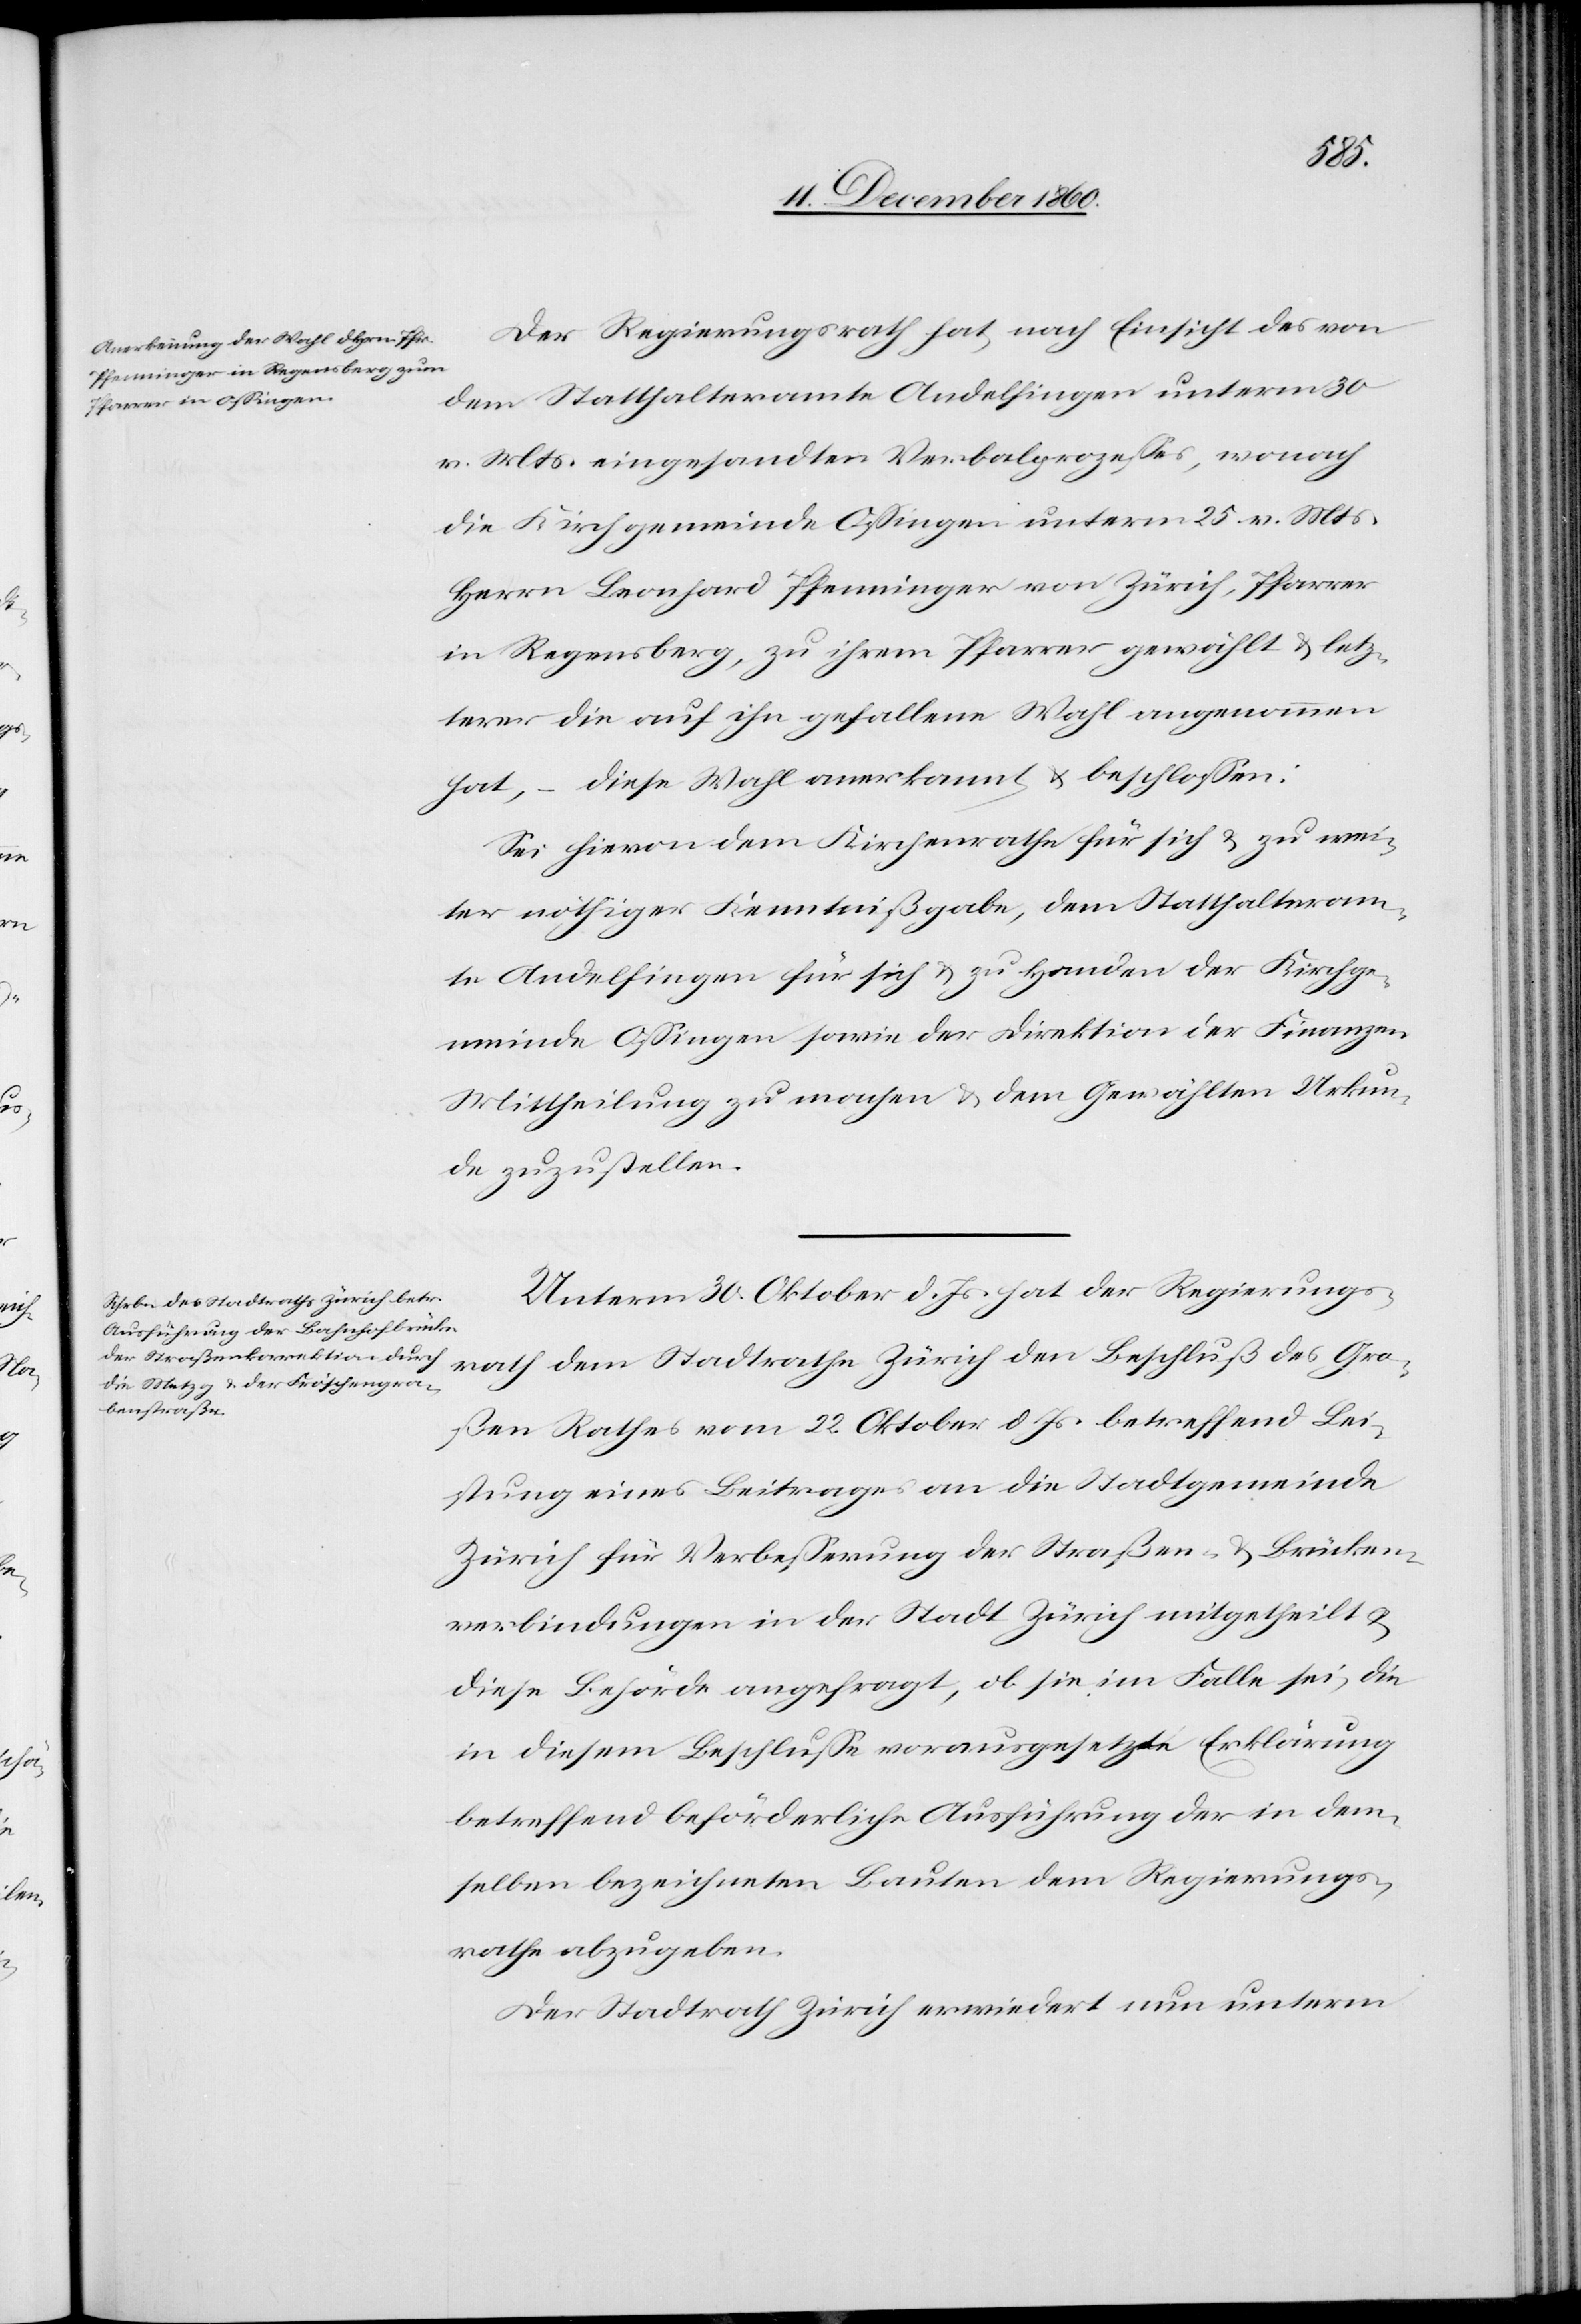
Der Regierungsrath hat nach Einsicht des von
dem Statthalteramte Andelfingen unterm 30.
v. Mts. eingesandten Verbalprozesses, wonach
die Kirchgemeinde Ossingen unterm 25. v. Mts.
Herrn Leonhard Pfenninger von Zürich, Pfarrer
in Regensberg, zu ihrem Pfarrer gewählt u. letz¬
terer die auf ihn gefallene Wahl angenommen
hat, – diese Wahl anerkannt u. beschlossen:
Sei hievon dem Kirchenrathe für sich u. zu wei¬
ter nöthiger Kenntnißgabe, dem Statthalteram¬
te Andelfingen für sich u. zu Handen der Kirchge¬
meinde Ossingen sowie der Direktion der Finanzen
Mittheilung zu machen u. dem Gewählten Urkun¬
de zuzustellen.
Unterm 30. Oktober d. Js. hat der Regierungs¬
rath dem Stadtrathe Zürich den Beschluß des Gro¬
ßen Rathes vom 22. Oktober d. Js. betreffend Lei¬
stung eines Beitrages an die Stadtgemeinde
Zürich für Verbesserung der Straßen u. Brücken¬
verbindungen in der Stadt Zürich mitgetheilt u.
diese Behörde angefragt, ob sie im Falle sei, die
in diesem Beschlusse vorausgesetzte Erklärung
betreffend beförderliche Ausführung der in dem¬
selben bezeichneten Bauten dem Regierungs¬
rathe abzugeben.
Der Stadtrath Zürich erwiedert nun unterm